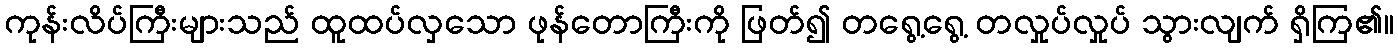
ကုန်းလိပ်ကြီးများသည် ထူထပ်လှသော ဖုန်တောကြီးကို ဖြတ်၍ တရွေ့ရွေ့ တလှုပ်လှုပ် သွားလျက် ရှိကြ၏။